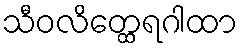
သီဝလိတ္ထေရဂါထာ